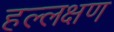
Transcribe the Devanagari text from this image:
हल्लक्षण